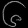
Digit: ၆